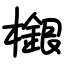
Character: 檭